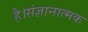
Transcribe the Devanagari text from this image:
है।संज्ञानात्मक